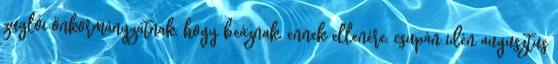
zuglói önkormányzatnak, hogy beáznak, ennek ellenére, csupán idén augusztus